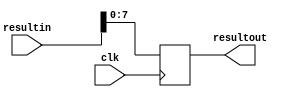
module bufferout(
  input         clk,
  input [127:0]  resultin,
  output reg [7:0] resultout
  );

  always @(posedge clk)
  begin
    resultout <= resultin[7:0];
  end
endmodule